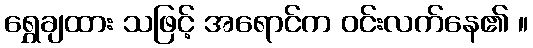
ရွှေချထား သဖြင့် အရောင်က ဝင်းလက်နေ၏ ။